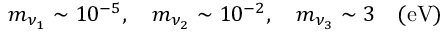
m _ { \nu _ { 1 } } \sim 1 0 ^ { - 5 } , ~ ~ ~ m _ { \nu _ { 2 } } \sim 1 0 ^ { - 2 } , ~ ~ ~ m _ { \nu _ { 3 } } \sim 3 ~ ~ ~ ( \mathrm { e V } )